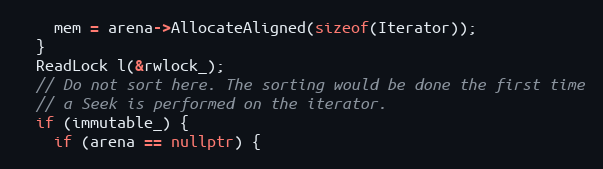
Language: C++
    mem = arena->AllocateAligned(sizeof(Iterator));
  }
  ReadLock l(&rwlock_);
  // Do not sort here. The sorting would be done the first time
  // a Seek is performed on the iterator.
  if (immutable_) {
    if (arena == nullptr) {